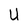
Character: U